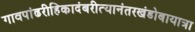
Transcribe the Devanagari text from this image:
गावपांढरीहिकादंबरीत्यानंतरखंडोबायात्रा